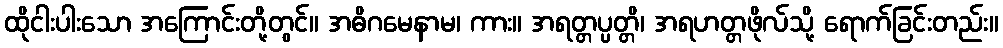
ထိုငါးပါးသော အကြောင်းတို့တွင်။ အဓိဂမေနာမ၊ ကား။ အရတ္တပ္ပတ္တိ၊ အရဟတ္တဖိုလ်သို့ ရောက်ခြင်းတည်း။